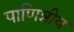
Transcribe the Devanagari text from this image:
पाणिन्नीय